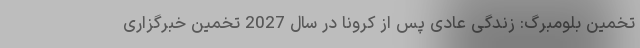
تخمین بلومبرگ: زندگی عادی پس از کرونا در سال 2027 تخمین خبرگزاری